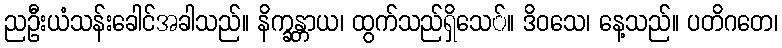
ညဦးယံသန်းခေါင်အခါသည်။ နိက္ခန္တာယ၊ ထွက်သည်ရှိသေ်။ ဒိဝသေ၊ နေ့သည်။ ပတိဂတေ၊